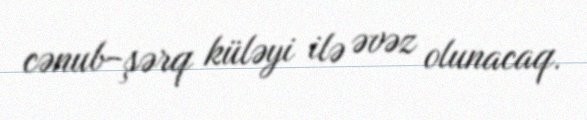
cənub-şərq küləyi ilə əvəz olunacaq.